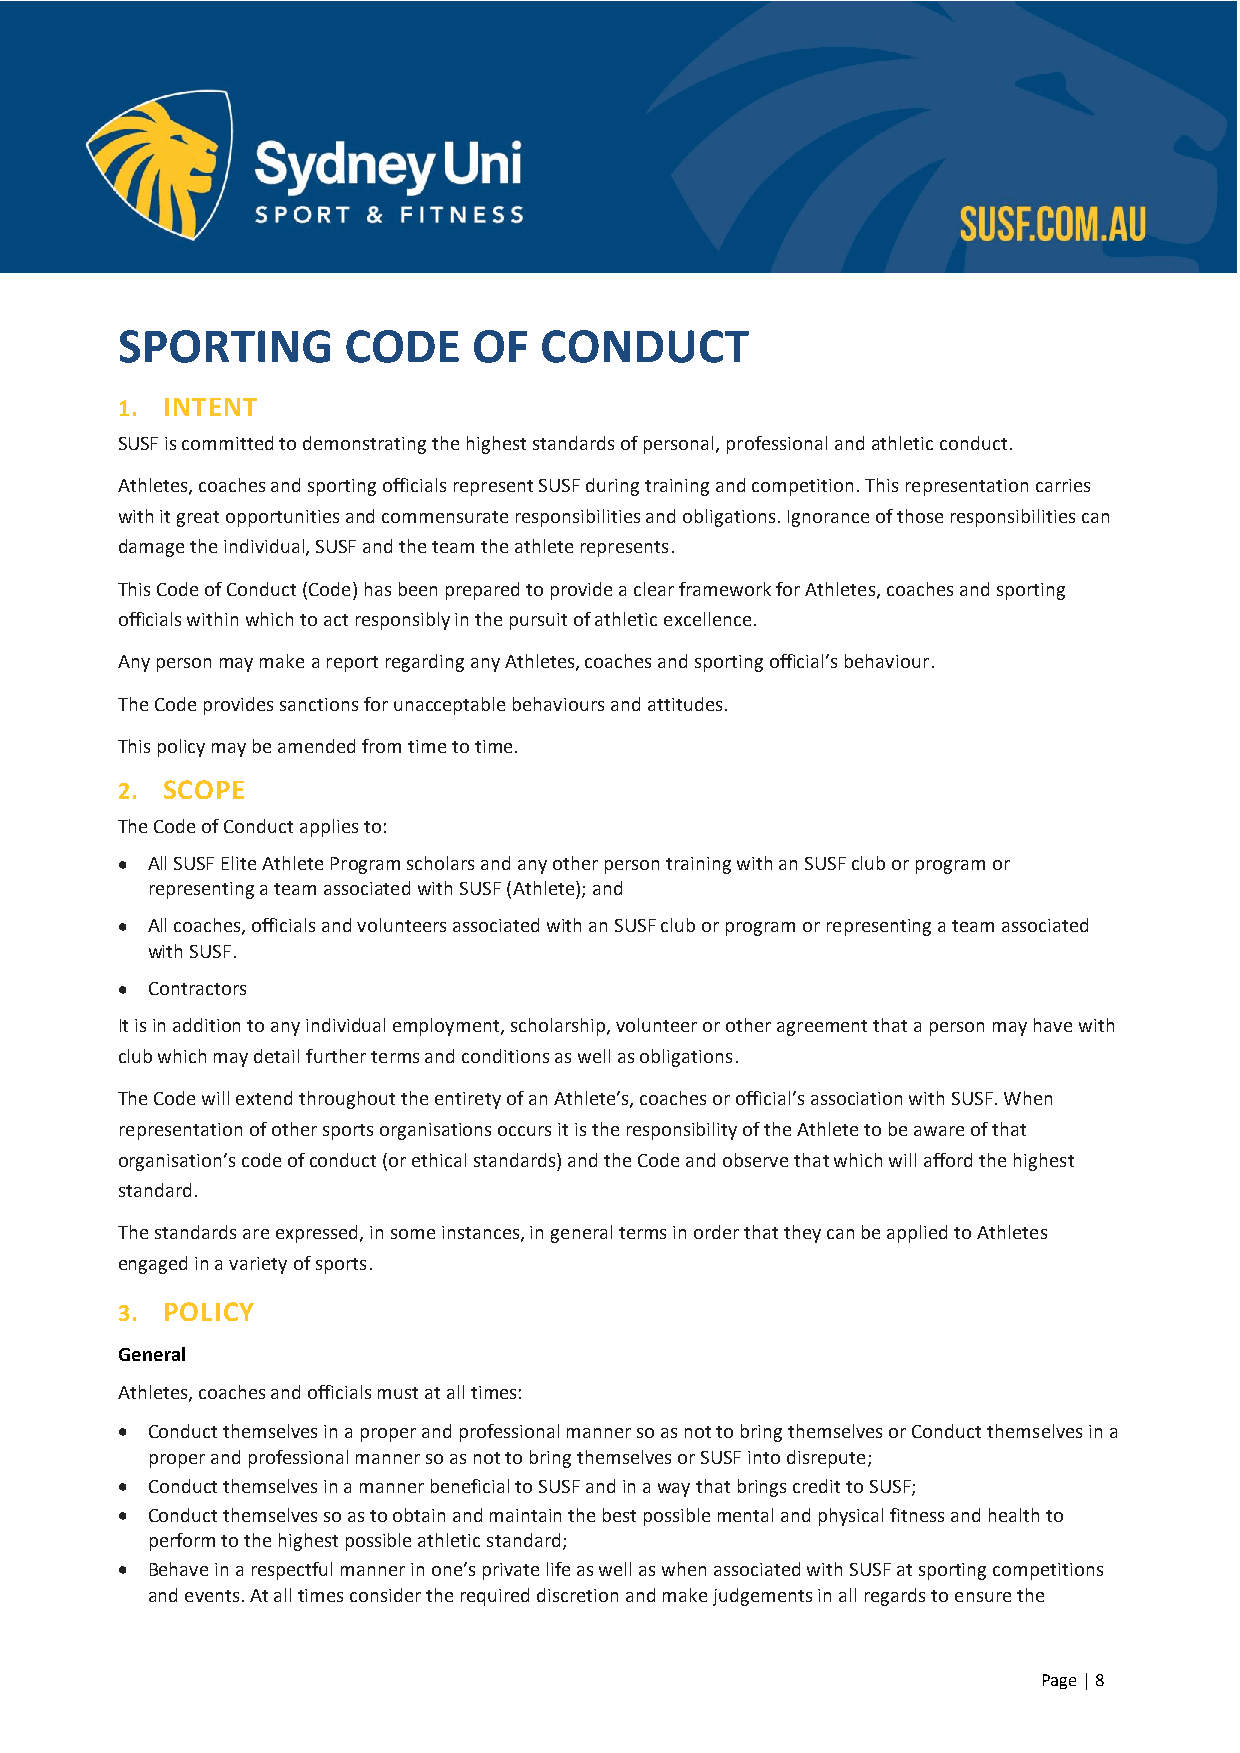
SPORTING       CODE    OF   CONDUCT
 1. INTENT
 SUSF is committed to demonstrating the highest standards of personal, professional and athletic conduct.
 Athletes, coaches and sporting officials represent SUSF during training and competition. This representation carries
 with it great opportunities and commensurate responsibilities and obligations. Ignorance of those responsibilities can
 damage the individual, SUSF and the team the athlete represents.
 This Code of Conduct (Code) has been prepared to provide a clear framework for Athletes, coaches and sporting
 officials within which to act responsibly in the pursuit of athletic excellence.
 Any person may make a report regarding any Athletes, coaches and sporting official’s behaviour.
 The Code provides sanctions for unacceptable behaviours and attitudes.
 This policy may be amended from time to time.
 2. SCOPE
 The Code of Conduct applies to:
 • All SUSF Elite Athlete Program scholars and any other person training with an SUSF club or program or
 representing a team associated with SUSF (Athlete); and
 • All coaches, officials and volunteers associated with an SUSF club or program or representing a team associated
 with SUSF.
 • Contractors
 It is in addition to any individual employment, scholarship, volunteer or other agreement that a person may have with
 club which may detail further terms and conditions as well as obligations.
 The Code will extend throughout the entirety of an Athlete’s, coaches or official’s association with SUSF. When
 representation of other sports organisations occurs it is the responsibility of the Athlete to be aware of that
 organisation’s code of conduct (or ethical standards) and the Code and observe that which will afford the highest
 standard.
 The standards are expressed, in some instances, in general terms in order that they can be applied to Athletes
 engaged in a variety of sports.
 3. POLICY
 General
 Athletes, coaches and officials must at all times:
 • Conduct themselves in a proper and professional manner so as not to bring themselves or Conduct themselves in a
 proper and professional manner so as not to bring themselves or SUSF into disrepute;
 • Conduct themselves in a manner beneficial to SUSF and in a way that brings credit to SUSF;
 • Conduct themselves so as to obtain and maintain the best possible mental and physical fitness and health to
 perform to the highest possible athletic standard;
 • Behave in a respectful manner in one’s private life as well as when associated with SUSF at sporting competitions
 and events. At all times consider the required discretion and make judgements in all regards to ensure the
 Page | 8